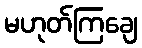
မဟုတ်ကြချေ